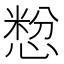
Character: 㥹